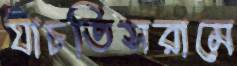
যাচতিসরামে